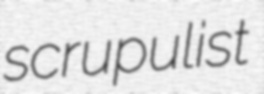
scrupulist